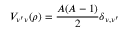
V _ { \nu ^ { \prime } \nu } ( \rho ) = \frac { A ( A - 1 ) } { 2 } \delta _ { \nu , \nu ^ { \prime } }